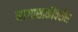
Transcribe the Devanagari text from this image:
नागासाकीवरील